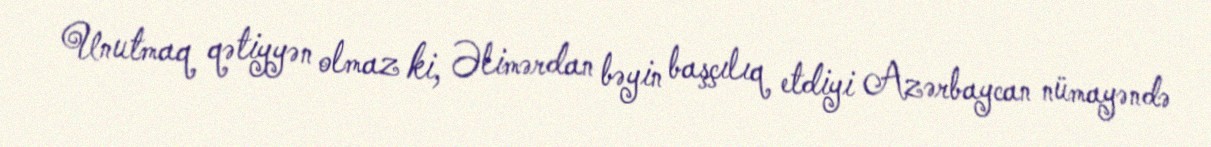
Unutmaq qətiyyən olmaz ki, Əlimərdan bəyin başçılıq etdiyi Azərbaycan nümayəndə